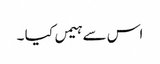
اس سے ہیمں کیا ۔